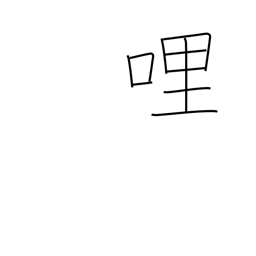
Meaning: mile